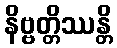
နိဗ္ဗတ္တိဿန္တိ